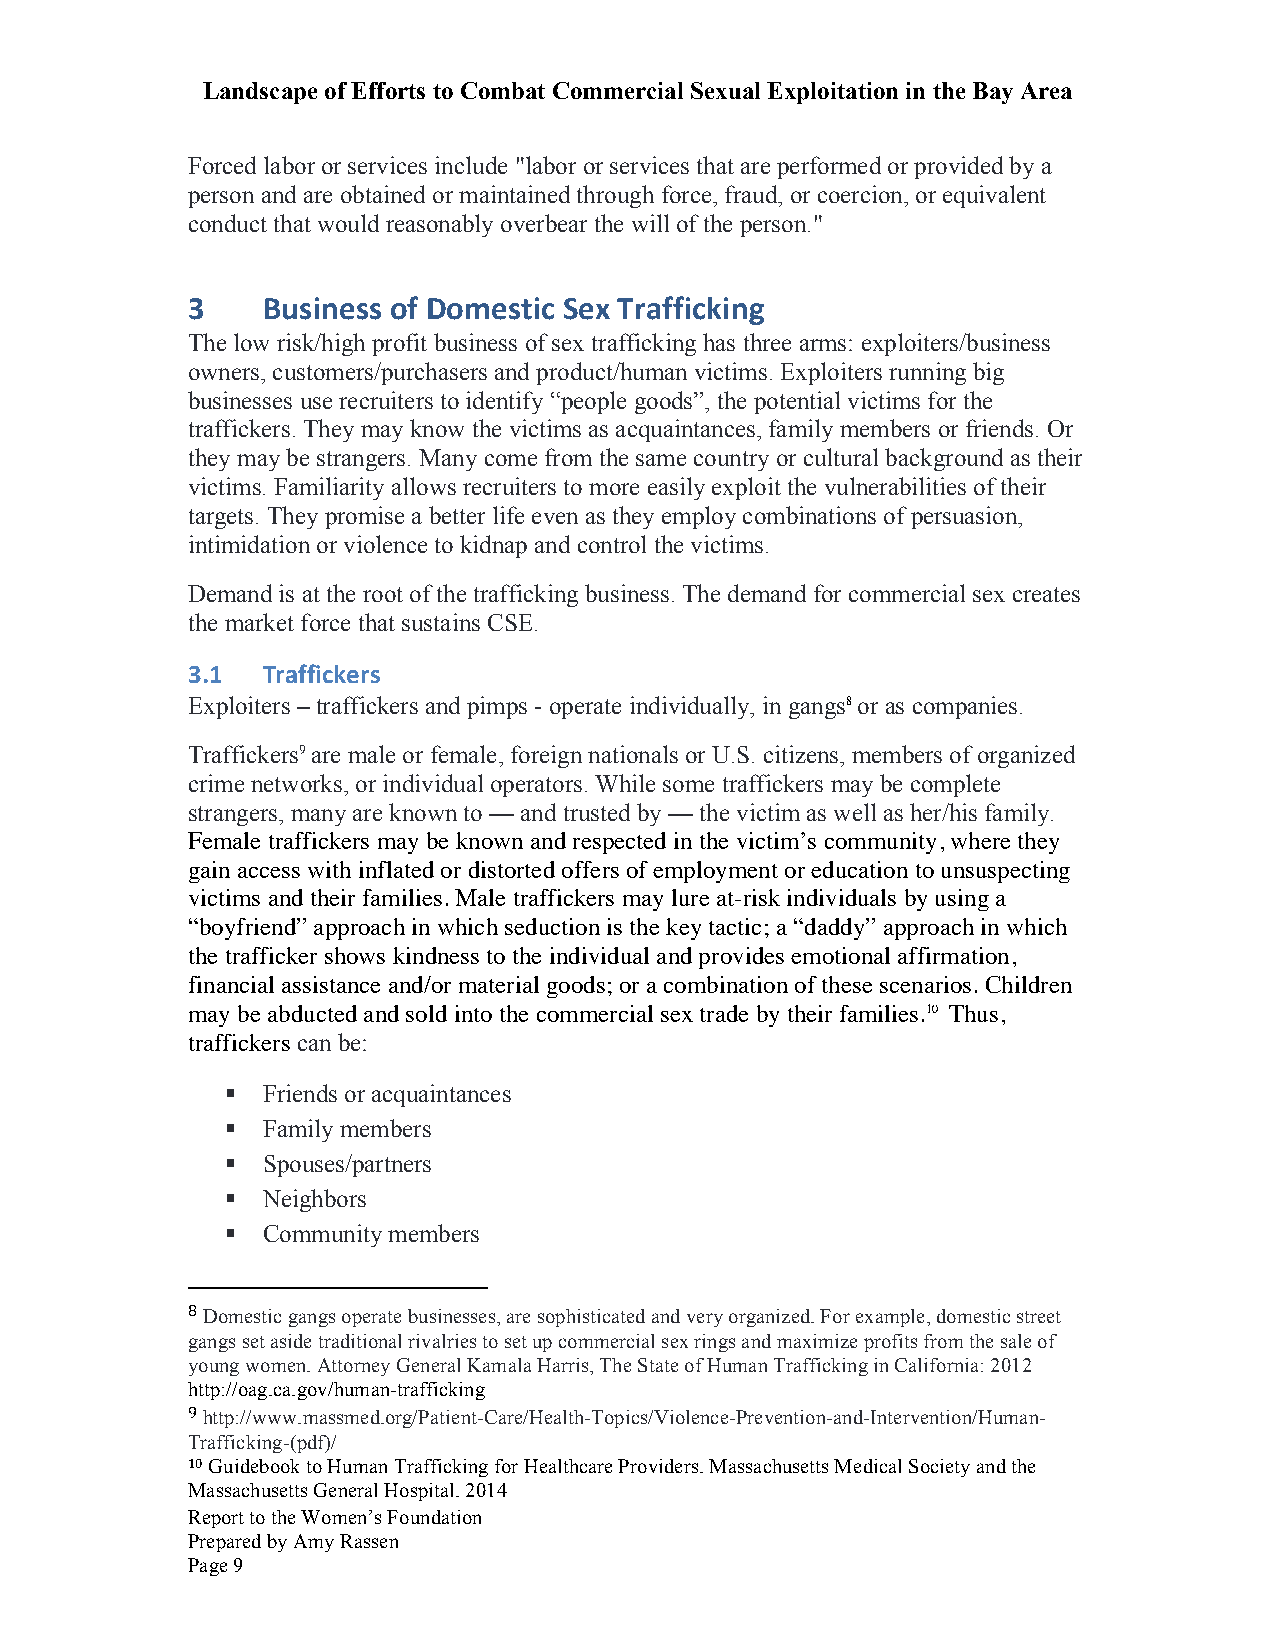
Landscape of Efforts to Combat Commercial Sexual Exploitation in the Bay Area
 Forced labor or services include "labor or services that are performed or provided by a
 person and are obtained or maintained through force, fraud, or coercion, or equivalent
 conduct that would reasonably overbear the will of the person."
 3    Business of Domestic Sex Trafficking
 The low risk/high profit business of sex trafficking has three arms: exploiters/business
 owners, customers/purchasers and product/human victims. Exploiters running big
 businesses use recruiters to identify “people goods”, the potential victims for the
 traffickers. They may know the victims as acquaintances, family members or friends. Or
 they may be strangers. Many come from the same country or cultural background as their
 victims. Familiarity allows recruiters to more easily exploit the vulnerabilities of their
 targets. They promise a better life even as they employ combinations of persuasion,
 intimidation or violence to kidnap and control the victims.
 Demand is at the root of the trafficking business. The demand for commercial sex creates
 the market force that sustains CSE.
 3.1  Traffickers
 Exploiters – traffickers and pimps - operate individually, in gangs8 or as companies.
 Traffickers9 are male or female, foreign nationals or U.S. citizens, members of organized
 crime networks, or individual operators. While some traffickers may be complete
 strangers, many are known to — and trusted by — the victim as well as her/his family.
 Female traffickers may be known and respected in the victim’s community, where they
 gain access with inflated or distorted offers of employment or education to unsuspecting
 victims and their families. Male traffickers may lure at-risk individuals by using a
 “boyfriend” approach in which seduction is the key tactic; a “daddy” approach in which
 the trafficker shows kindness to the individual and provides emotional affirmation,
 financial assistance and/or material goods; or a combination of these scenarios. Children
 may be abducted and sold into the commercial sex trade by their families.10 Thus,
 traffickers can be:
 § Friends or acquaintances
 § Family members
 § Spouses/partners
 § Neighbors
 § Community members
 8 Domestic gangs operate businesses, are sophisticated and very organized. For example, domestic street
 gangs set aside traditional rivalries to set up commercial sex rings and maximize profits from the sale of
 young women. Attorney General Kamala Harris, The State of Human Trafficking in California: 2012
 http://oag.ca.gov/human-trafficking
 9 http://www.massmed.org/Patient-Care/Health-Topics/Violence-Prevention-and-Intervention/Human-
 Trafficking-(pdf)/
 10 Guidebook to Human Trafficking for Healthcare Providers. Massachusetts Medical Society and the
 Massachusetts General Hospital. 2014
 Report to the Women’s Foundation
 Prepared by Amy Rassen
 Page 9